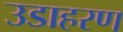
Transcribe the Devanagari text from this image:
उडाहरण